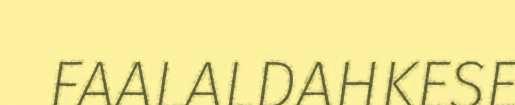
FAALALDAHKESE